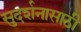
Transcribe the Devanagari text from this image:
सुदर्शनासाठी